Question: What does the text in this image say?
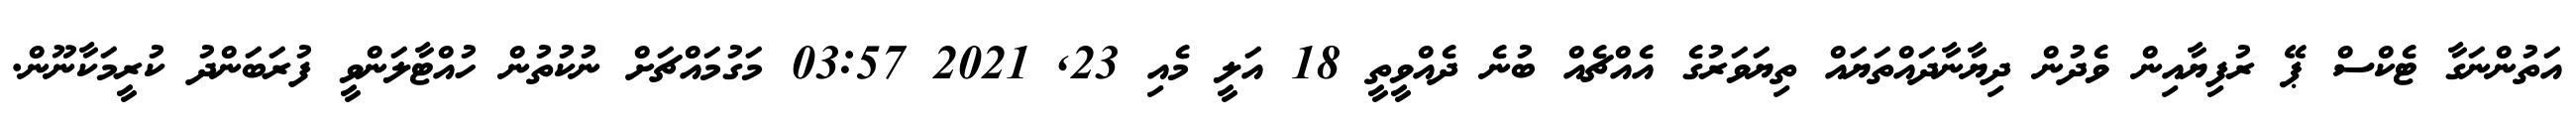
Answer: އަތުންނަގާ ޓެކްސް ޕޭ ރުފިޔާއިން ވެދުން ދިޔާނާދައްތަޔައް ތިޔަވަރުގެ އެއްޗެއް ބުނެ ދެއްވީތީ 18 އަލީ މެއި 23, 2021 03:57 މަގުމައްޗަށް ނުކުތުން ހުއްޓާލަންވީ ފުރަބަންދު ކުރީމަކާނޫން.